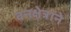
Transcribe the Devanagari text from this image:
वनक्षेत्राने